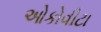
ઓકોવીટા